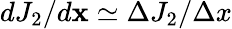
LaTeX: dJ_{2}/d\mathbf x\simeq\Delta J_{2}/\Delta x